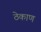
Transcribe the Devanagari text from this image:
ठेकाण